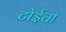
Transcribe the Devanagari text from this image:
टोईचा